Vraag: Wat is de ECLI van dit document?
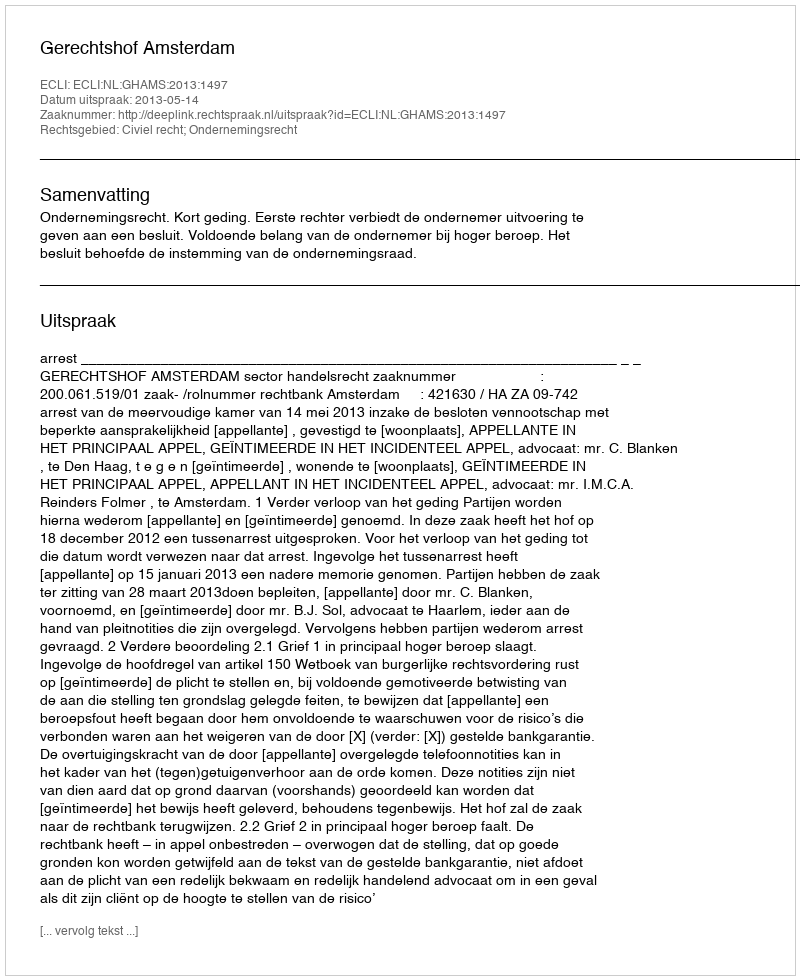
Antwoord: ECLI:NL:GHAMS:2013:1497